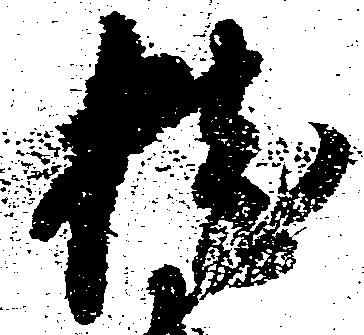
桂